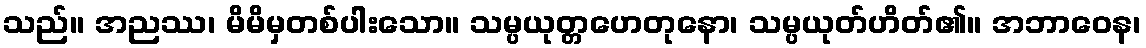
သည်။ အညဿ၊ မိမိမှတစ်ပါးသော။ သမ္ပယုတ္တဟေတုနော၊ သမ္ပယုတ်ဟိတ်၏။ အဘာဝေန၊